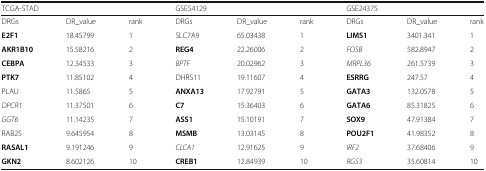
<table><thead><tr><td colspan="3"><b>TCGA-STAD</b></td><td colspan="3"><b>GSE54129</b></td><td colspan="3"><b>GSE24375</b></td></tr></thead><tbody><tr><td>DRGs</td><td>DR_value</td><td>rank</td><td>DRGs</td><td>DR_value</td><td>rank</td><td>DRGs</td><td>DR_value</td><td>rank</td></tr><tr><td><b>E2F1</b></td><td>18.45799</td><td>1</td><td>SLC7A9</td><td>65.03438</td><td>1</td><td><b>LIMS1</b></td><td>3401.341</td><td>1</td></tr><tr><td><b>AKR1B10</b></td><td>15.58216</td><td>2</td><td><b>REG4</b></td><td>22.26006</td><td>2</td><td><i>FOSB</i></td><td>582.8947</td><td>2</td></tr><tr><td><b>CEBPA</b></td><td>12.34533</td><td>3</td><td><i>BPTF</i></td><td>20.02962</td><td>3</td><td><i>MRPL36</i></td><td>261.5739</td><td>3</td></tr><tr><td><b>PTK7</b></td><td>11.85102</td><td>4</td><td>DHRS11</td><td>19.11607</td><td>4</td><td><b>ESRRG</b></td><td>247.57</td><td>4</td></tr><tr><td>PLAU</td><td>11.5865</td><td>5</td><td><b>ANXA13</b></td><td>17.92791</td><td>5</td><td><b>GATA3</b></td><td>132.0578</td><td>5</td></tr><tr><td><i>DPCR1</i></td><td>11.37501</td><td>6</td><td><b>C7</b></td><td>15.36403</td><td>6</td><td><b>GATA6</b></td><td>85.31825</td><td>6</td></tr><tr><td><i>GGT6</i></td><td>11.14235</td><td>7</td><td><b>ASS1</b></td><td>15.10191</td><td>7</td><td><b>SOX9</b></td><td>47.91384</td><td>7</td></tr><tr><td>RAB25</td><td>9.645954</td><td>8</td><td><b>MSMB</b></td><td>13.03145</td><td>8</td><td><b>POU2F1</b></td><td>41.98352</td><td>8</td></tr><tr><td><b>RASAL1</b></td><td>9.191246</td><td>9</td><td><i>CLCA1</i></td><td>12.91625</td><td>9</td><td><i>IRF2</i></td><td>37.68406</td><td>9</td></tr><tr><td><b>GKN2</b></td><td>8.602126</td><td>10</td><td><b>CREB1</b></td><td>12.84939</td><td>10</td><td><i>RGS3</i></td><td>35.60814</td><td>10</td></tr></tbody></table>